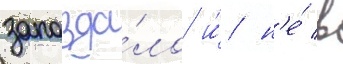
запозда́ло и́ н'е́ в